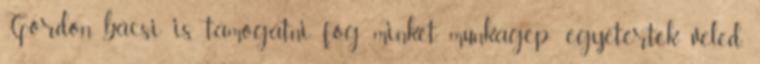
Gordon bácsi is támogatni fog minket. munkagep: egyetértek veled,